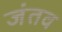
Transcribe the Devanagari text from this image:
जंतव